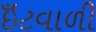
ઇઁટવાળી